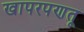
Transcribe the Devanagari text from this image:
खापरपणतू